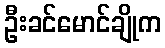
ဦးခင်မောင်ချိုက